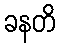
ခနတိ